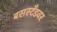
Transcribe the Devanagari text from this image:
बसस्टँडवर